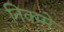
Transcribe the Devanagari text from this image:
निक्म्मे